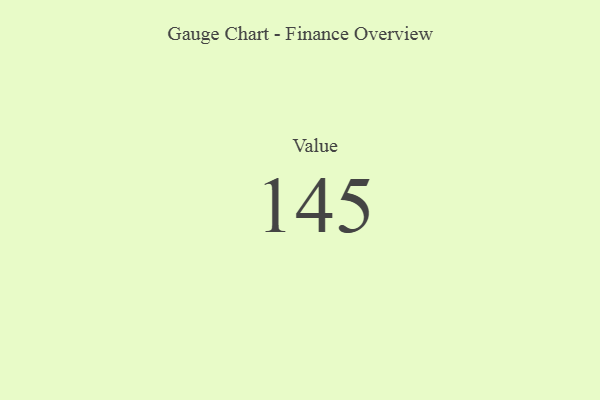
{"axis": {"x": "Metric", "y": "Value"}, "legend": [""], "data": [{"x": "Value", "y": 145, "type": ""}]}